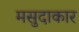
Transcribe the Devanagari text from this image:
मसुदाकार